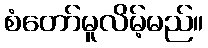
စံတော်မူလိမ့်မည်။